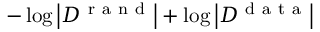
- \log \left| { \cal D } ^ { \mathrm { ~ r ~ a ~ n ~ d ~ } } \right| + \log \left| { \cal D } ^ { \mathrm { ~ d ~ a ~ t ~ a ~ } } \right|